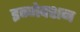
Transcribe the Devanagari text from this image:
इन्‍जेक्‍शन